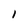
Character: I